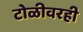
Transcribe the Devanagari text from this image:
टोळीवरही